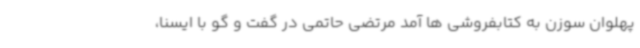
پهلوان سوزن به کتابفروشی ها آمد مرتضی حاتمی در گفت و گو با ایسنا،